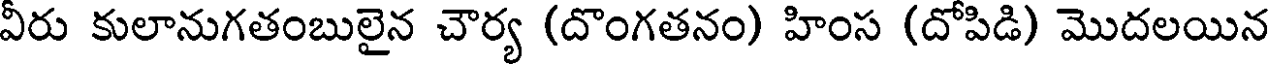
వీరు కులానుగతంబులైన చౌర్య (దొంగతనం) హింస (దోపిడి) మొదలయిన